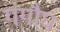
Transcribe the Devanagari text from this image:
गंगौघ